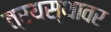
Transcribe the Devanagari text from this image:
त्रयस्थावर